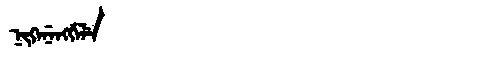
Manchu: ᠨᡳᡴᡝᠨᡝᠩᡤᡝᠯᡝ
Romanization: NIKENENGGELE